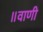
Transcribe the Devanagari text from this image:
॥वाणी